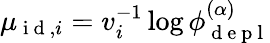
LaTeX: \mu_{\mathrm{~i~d~},i}=v_{i}^{-1}\log\phi_{\mathrm{~d~e~p~l~}}^{(\alpha)}